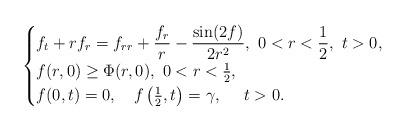
LaTeX: \begin{align*}\begin{cases}\displaystyle f_t+rf_r=f_{rr}+\frac{f_r}{r}-\frac{\sin(2f)}{2r^2},\ 0<r<\frac12,\ t>0,\\f(r,0)\geq\Phi(r,0),\ 0<r<\frac12,\\f(0,t)=0,\ \ \ f\left(\frac12,t\right)=\gamma, \quad\ t>0.\end{cases}\end{align*}